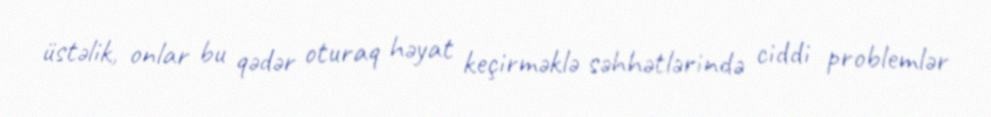
üstəlik, onlar bu qədər oturaq həyat keçirməklə səhhətlərində ciddi problemlər